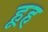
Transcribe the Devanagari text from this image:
हूह